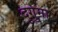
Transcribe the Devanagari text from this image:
दुगुमा